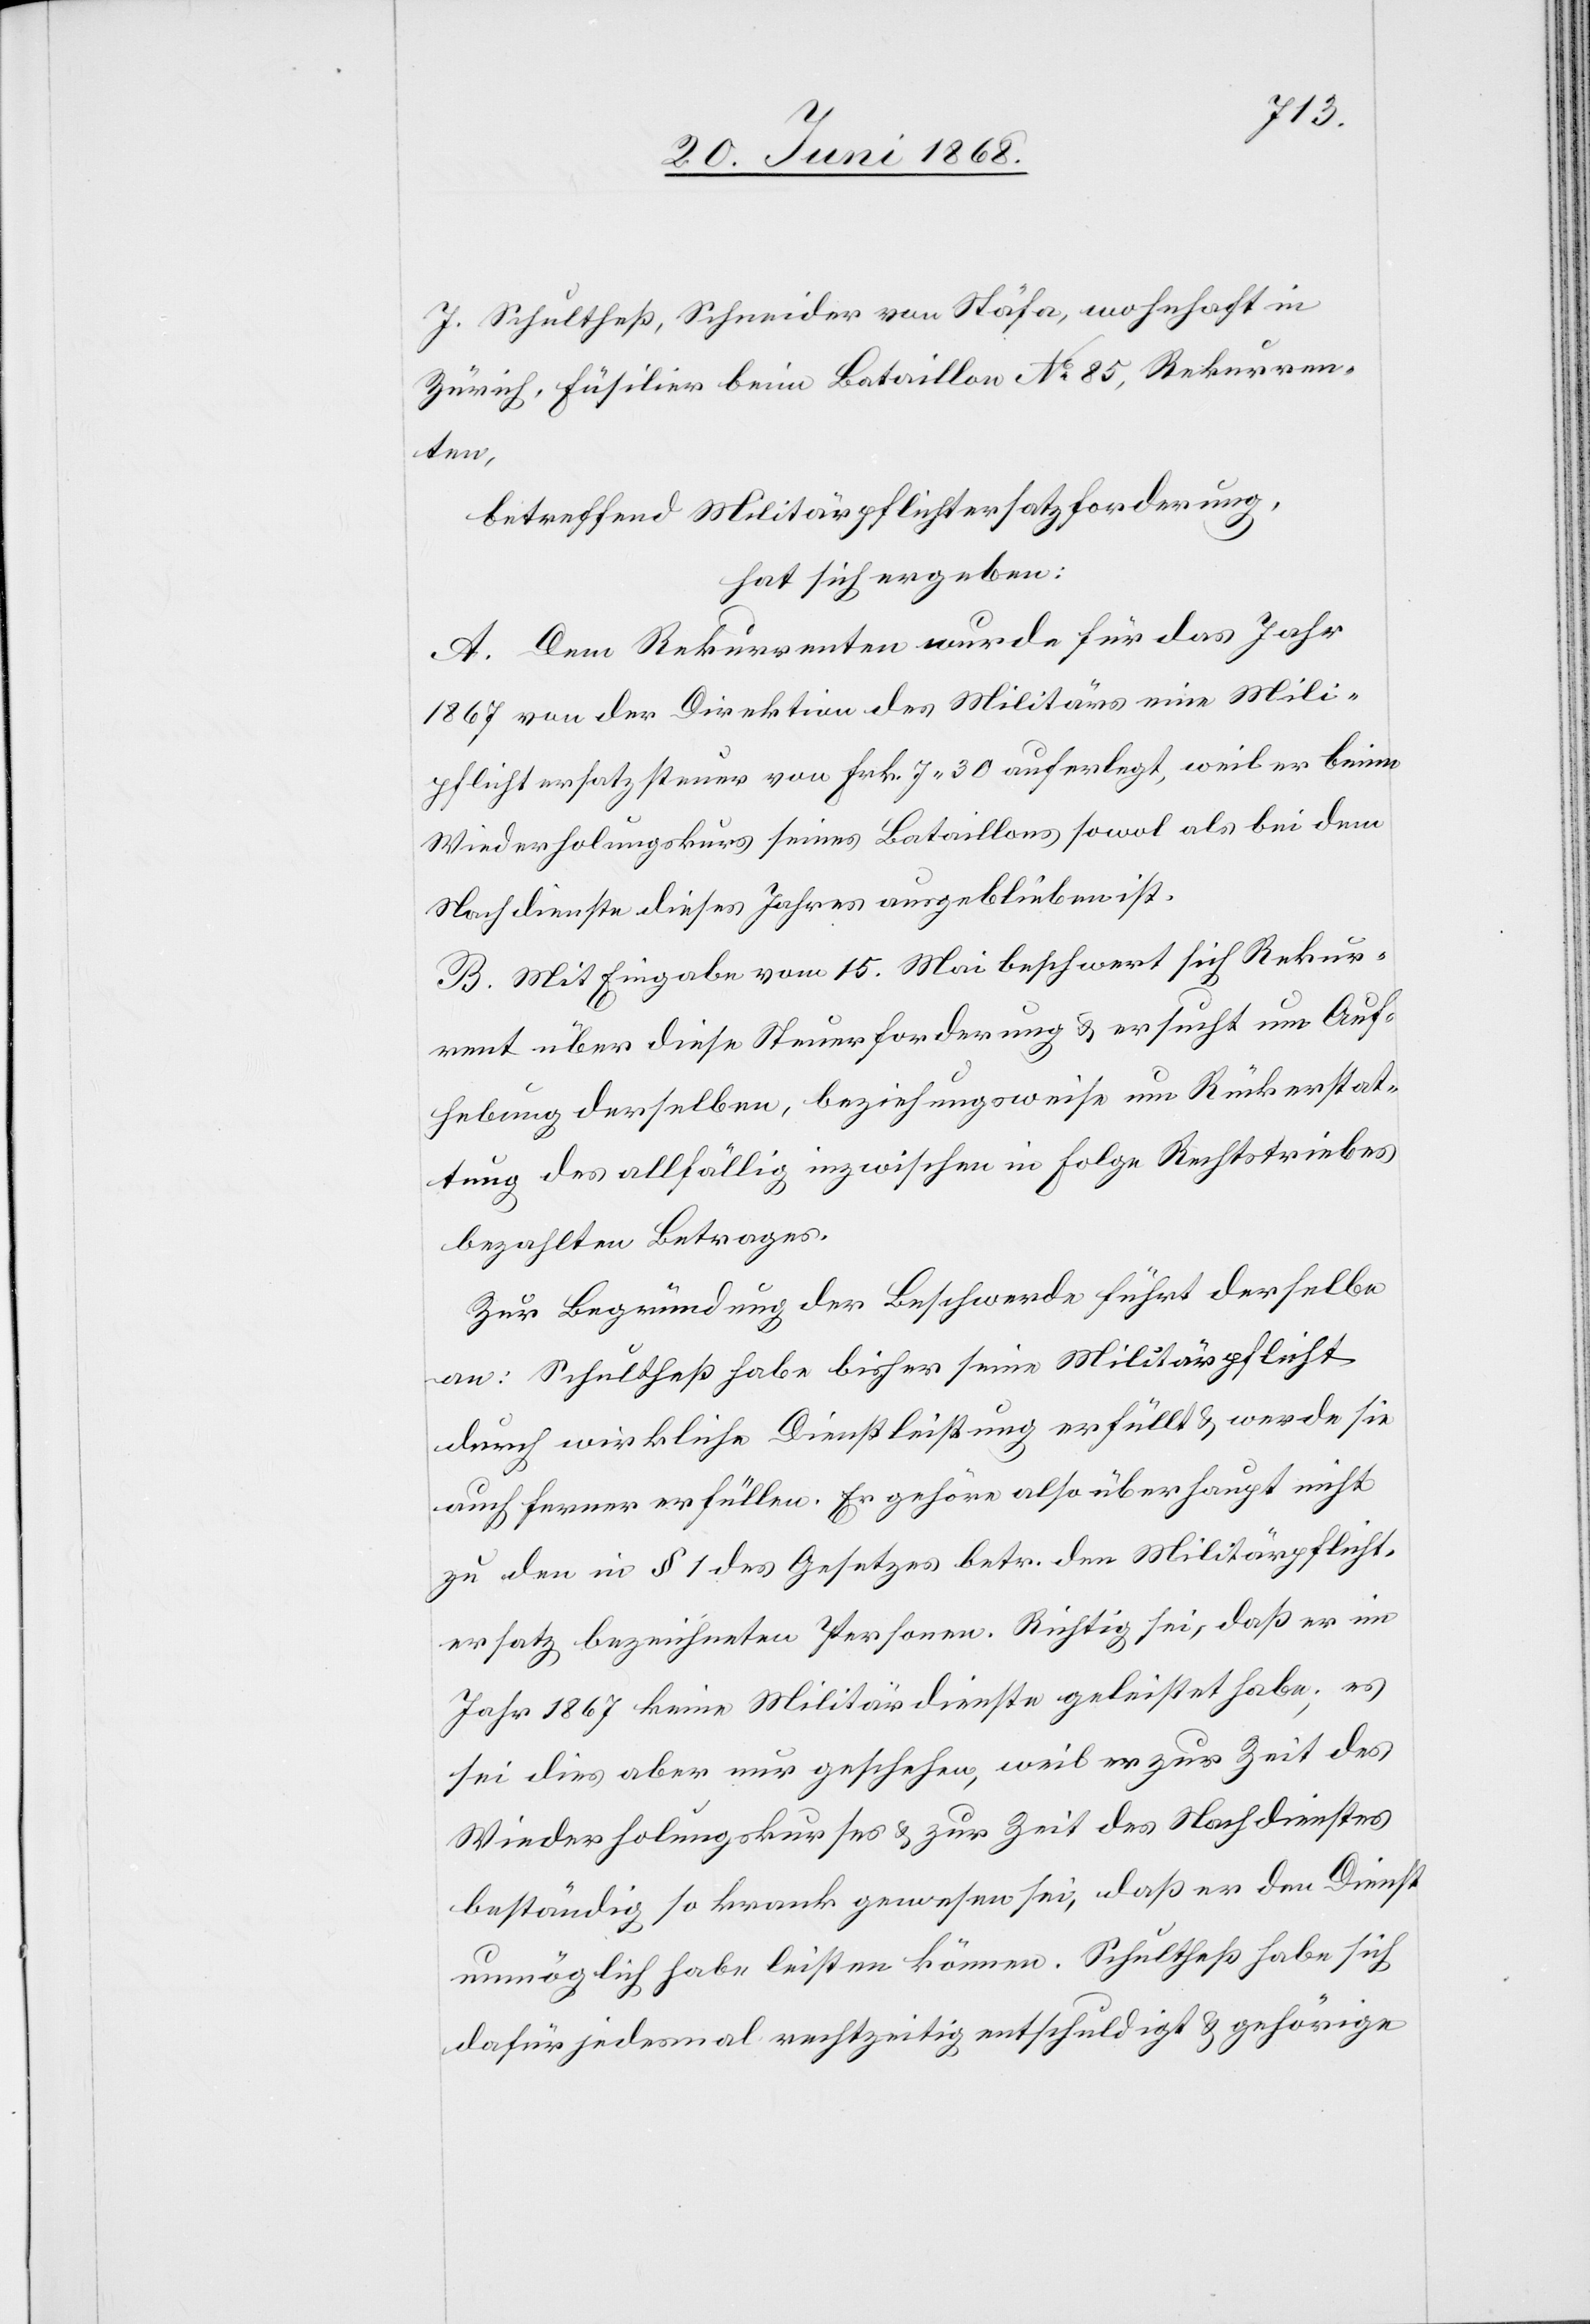
J. Schultheß, Schneider von Stäfa, wohnhaft in
Zürich, Füsilier beim Bataillon No. 85, Rekurren¬
ten,
betreffend Militärpflichtersatzforderung,
hat sich ergeben:
A. Dem Rekurrenten wurde für das Jahr
1867 von der Direktion des Militärs eine Mili[tä¬
r]pflichtersatzsteuer von Frk. 7. 30 auferlegt, weil er beim
Wiederholungskurs seines Bataillons sowol als bei dem
Nachdienste dieses Jahres ausgeblieben ist.
B. Mit Eingabe vom 15. Mai beschwert sich Rekur¬
rent über diese Steuerforderung & ersucht um Auf¬
hebung derselben, beziehungsweise um Rückerstat¬
tung des allfällig inzwischen in Folge Rechtstriebes
bezahlten Betrages.
Zur Begründung der Beschwerde führt derselbe
an: Schultheß habe bisher seine Militärpflicht
durch wirkliche Dienstleistung erfüllt & werde sie
auch ferner erfüllen. Er gehöre also überhaupt nicht
zu den in § 1 des Gesetzes betr. den Militärpflicht¬
ersatz bezeichneten Personen. Richtig sei, daß er im
Jahr 1867 keine Militärdienste geleistet habe; es
sei dies aber nur geschehen, weil er zur Zeit des
Wiederholungskurses & zur Zeit des Nachdienstes
beständig so krank gewesen sei, daß er den Dienst
unmöglich habe leisten können. Schultheß habe sich
dafür jedesmal rechtzeitig entschuldigt & gehörige